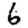
Digit: 6